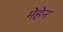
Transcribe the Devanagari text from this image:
मेहेन